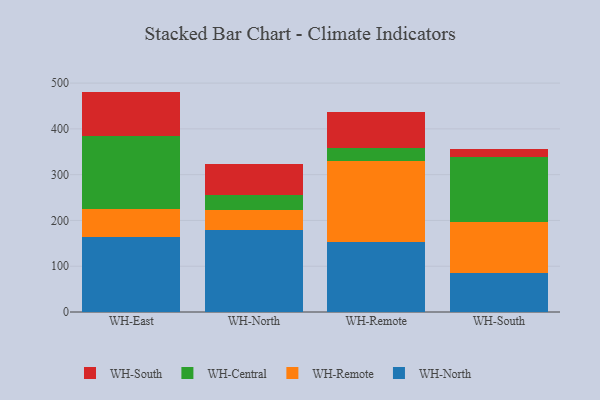
{"axis": {"x": "Warehouse", "y": "Customer Acquisition Cost (USD)"}, "legend": ["WH-Central", "WH-North", "WH-Remote", "WH-South"], "data": [{"x": "WH-East", "y": 164.9, "type": "WH-North"}, {"x": "WH-East", "y": 60.2, "type": "WH-Remote"}, {"x": "WH-East", "y": 160.0, "type": "WH-Central"}, {"x": "WH-East", "y": 96.3, "type": "WH-South"}, {"x": "WH-North", "y": 178.8, "type": "WH-North"}, {"x": "WH-North", "y": 43.5, "type": "WH-Remote"}, {"x": "WH-North", "y": 33.0, "type": "WH-Central"}, {"x": "WH-North", "y": 67.8, "type": "WH-South"}, {"x": "WH-Remote", "y": 153.1, "type": "WH-North"}, {"x": "WH-Remote", "y": 177.5, "type": "WH-Remote"}, {"x": "WH-Remote", "y": 28.1, "type": "WH-Central"}, {"x": "WH-Remote", "y": 78.4, "type": "WH-South"}, {"x": "WH-South", "y": 84.2, "type": "WH-North"}, {"x": "WH-South", "y": 112.6, "type": "WH-Remote"}, {"x": "WH-South", "y": 142.1, "type": "WH-Central"}, {"x": "WH-South", "y": 18.0, "type": "WH-South"}]}